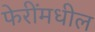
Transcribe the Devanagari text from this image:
फेरींमधील